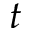
t